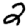
Digit: 2